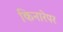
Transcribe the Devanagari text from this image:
किनारेपर